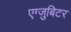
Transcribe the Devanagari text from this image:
एग्जुबिटर